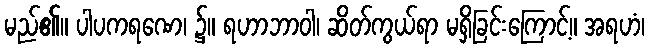
မည်၏။ ပါပကရဏေ၊ ၌။ ရဟာဘာဝါ၊ ဆိတ်ကွယ်ရာ မရှိခြင်းကြောင့်။ အရဟံ၊